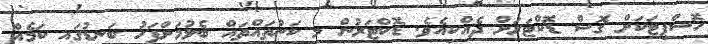
ހޮސްޕިޓަކަށް ގޮސް ޑޮކްޓަރަށް ދެއްކިއެވެ. ޑޮކްޓަރުން މި ކަންތައްތައް ބެލުމަށްފަހު ބަނޑުގައި ކަމެއް